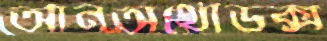
আনঅর্থোডক্স